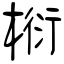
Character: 椼